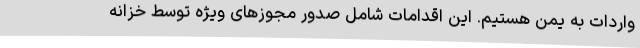
واردات به یمن هستیم. این اقدامات شامل صدور مجوزهای ویژه توسط خزانه